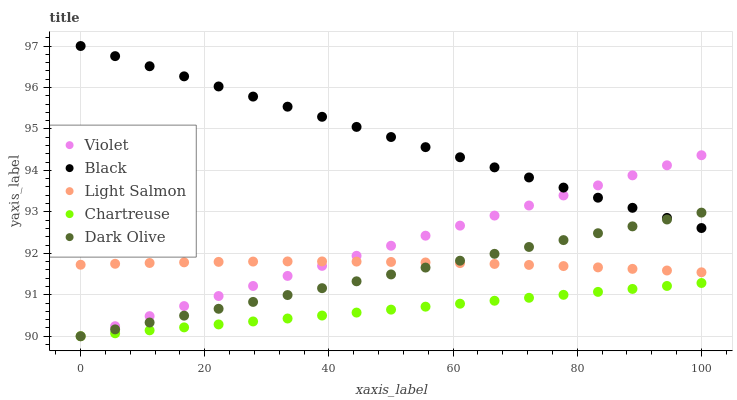
| xaxis_label | Violet | Black | Light Salmon | Chartreuse | Dark Olive |
 | --- | --- | --- | --- | --- | --- |
 | 0 | 90 | 97 | 91.7 | 90 | 90 |
 | 5.56 | 90.2 | 96.8 | 91.7 | 90.1 | 90.2 |
 | 11.1 | 90.5 | 96.5 | 91.8 | 90.1 | 90.3 |
 | 16.7 | 90.7 | 96.3 | 91.8 | 90.2 | 90.5 |
 | 22.2 | 91 | 96 | 91.8 | 90.3 | 90.7 |
 | 27.8 | 91.2 | 95.8 | 91.8 | 90.4 | 90.8 |
 | 33.3 | 91.5 | 95.5 | 91.8 | 90.4 | 91 |
 | 38.9 | 91.7 | 95.3 | 91.8 | 90.5 | 91.2 |
 | 44.4 | 91.9 | 95 | 91.8 | 90.6 | 91.3 |
 | 50 | 92.2 | 94.8 | 91.8 | 90.6 | 91.5 |
 | 55.6 | 92.4 | 94.6 | 91.8 | 90.7 | 91.7 |
 | 61.1 | 92.7 | 94.3 | 91.8 | 90.8 | 91.8 |
 | 66.7 | 92.9 | 94.1 | 91.7 | 90.9 | 92 |
 | 72.2 | 93.2 | 93.8 | 91.7 | 90.9 | 92.2 |
 | 77.8 | 93.4 | 93.6 | 91.7 | 91 | 92.3 |
 | 83.3 | 93.6 | 93.3 | 91.7 | 91.1 | 92.5 |
 | 88.9 | 93.9 | 93.1 | 91.6 | 91.1 | 92.7 |
 | 94.4 | 94.1 | 92.9 | 91.6 | 91.2 | 92.8 |
 | 100 | 94.4 | 92.6 | 91.5 | 91.3 | 93 |